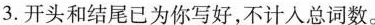
3.开头和结尾已为你写好，不计入总词数。